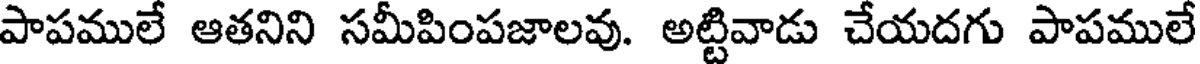
పాపములే ఆతనిని సమీపింపజాలవు. అట్టివాడు చేయదగు పాపములే